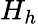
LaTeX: H_{h}